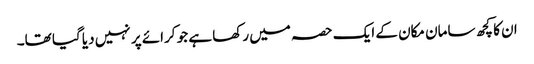
ان کا کچھ سامان مکان کے ایک حصہ میں رکھا ہے جو کرائے پر نہیں دیا گیا تھا۔